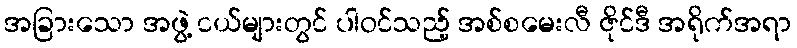
အခြားသော အဖွဲ့ ငယ်များတွင် ပါဝင်သည့် အစ်စမေးလီ ဇိုင်ဒီ အရိုက်အရာ